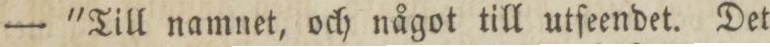
— 'Till namnet, och något till utſeendet. Det